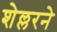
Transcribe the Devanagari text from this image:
शेल्लरने